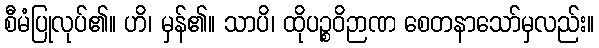
စီမံပြုလုပ်၏။ ဟိ၊ မှန်၏။ သာပိ၊ ထိုပဉ္စဝိဉာဏ စေတနာသော်မှလည်း။